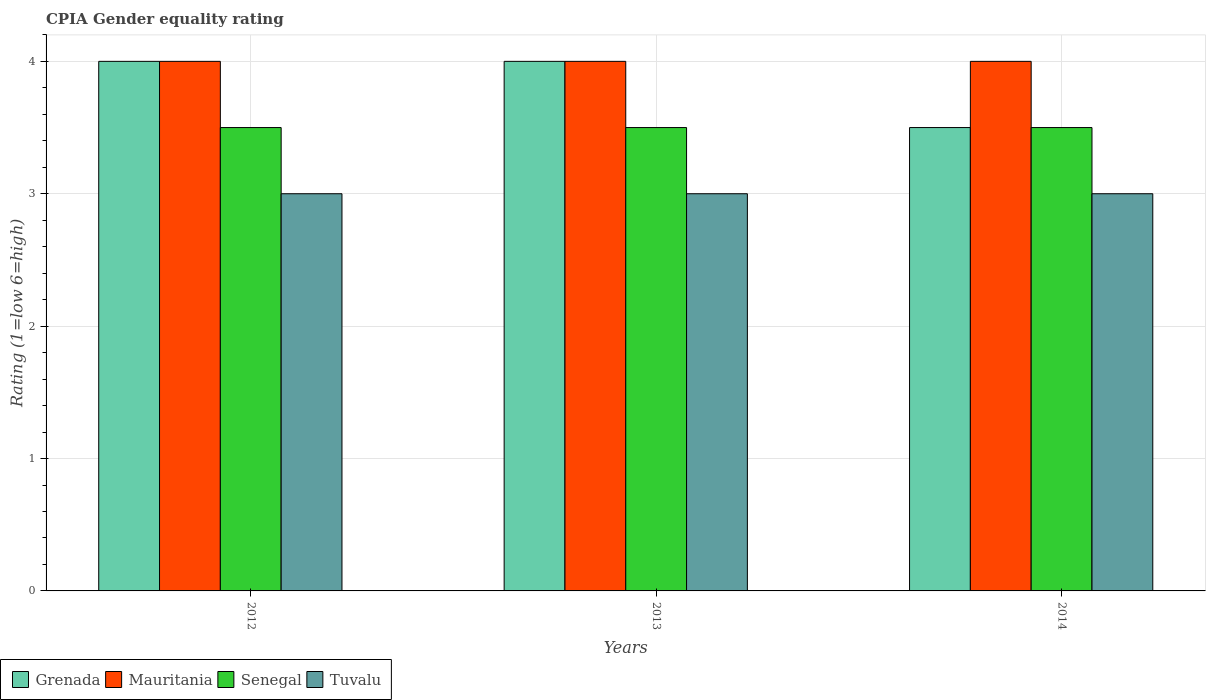
| Years | Grenada | Mauritania | Senegal | Tuvalu |
 | --- | --- | --- | --- | --- |
 | 2012 | 4 | 4 | 3.5 | 3 |
 | 2013 | 4 | 4 | 3.5 | 3 |
 | 2014 | 3.5 | 4 | 3.5 | 3 |